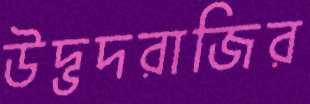
উদ্ভদরাজির